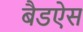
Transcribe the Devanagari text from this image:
बैडऐस